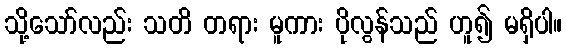
သို့သော်လည်း သတိ တရား မူကား ပိုလွန်သည် ဟူ၍ မရှိပါ။